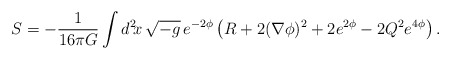
\begin{align*}S = - \frac{1}{16\pi G} \int d^2\!x\, \sqrt{-g}\, e^{-2\phi} \left( R + 2 (\nabla \phi )^2 + 2 e^{2\phi} - 2 Q^2 e^{4\phi} \right).\end{align*}